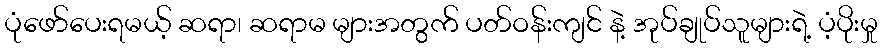
ပုံဖော်ပေးရမယ့် ဆရာ၊ ဆရာမ များအတွက် ပတ်ဝန်းကျင် နဲ့ အုပ်ချုပ်သူများရဲ့ ပံ့ပိုးမှု